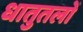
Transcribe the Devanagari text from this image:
धातुतलों